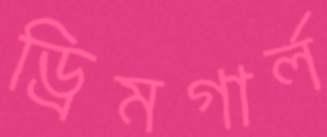
ড্রিমগার্ল